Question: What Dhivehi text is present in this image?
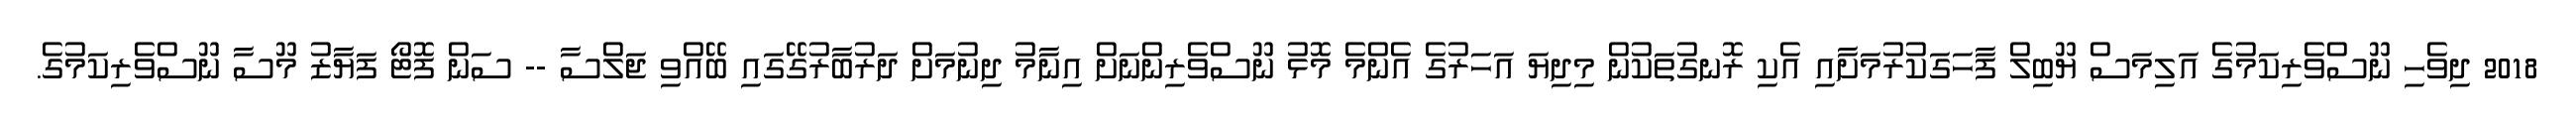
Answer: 2018 ދިވެހި ނޫސްވެރިކަމުގެ އަލިމަސް ޔޫބިލް ފާހަގަކުރުމަށާއި އެކި ރޮނގުތަކުން މިދިޔަ އަހަރުގެ އެންމެ މޮޅު ނޫސްވެރިންނަށް އިނާމު ދިނުމަށް ދަރުބާރުގޭގައި ބޭއްވި ޖަލްސާ -- ސަން ފޮޓޯ ފަޔާޒު މޫސާ ނޫސްވެރިކަމުގެ.